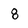
Character: 8